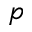
p